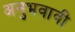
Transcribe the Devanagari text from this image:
अनुभवावी